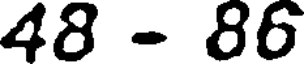
48 - 86